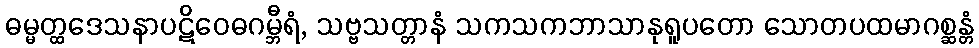
ဓမ္မတ္ထဒေသနာပဋိဝေဓဂမ္ဘီရံ, သဗ္ဗသတ္တာနံ သကသကဘာသာနုရူပတော သောတပထမာဂစ္ဆန္တံ